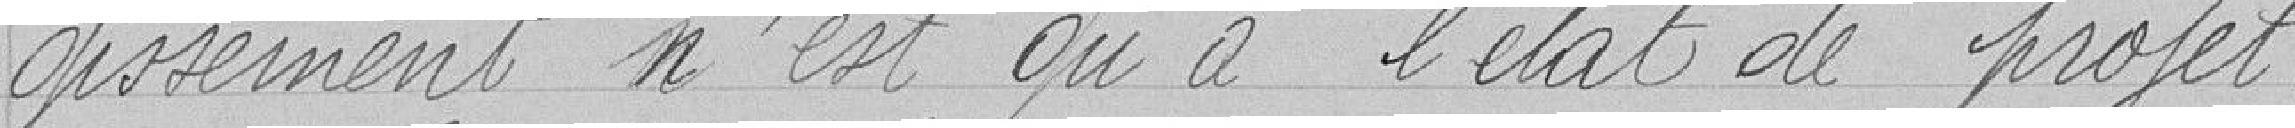
gissement n'est qu'à l'état de projet.